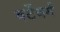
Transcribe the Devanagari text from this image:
वर्टेबर्ग